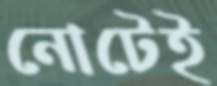
নোটেই